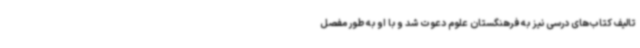
تالیف کتاب‌های درسی نیز به فرهنگستان علوم دعوت شد و با او به طور مفصل